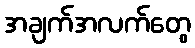
အချက်အလက်တွေ